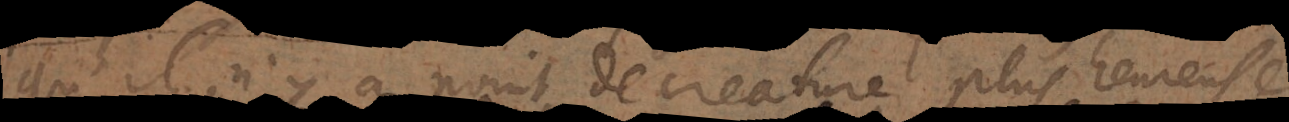
qu’il n’y a point de creature plus heureuse